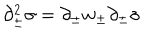
\partial _ { \pm } ^ { 2 } \sigma = \partial _ { \pm } w _ { \pm } \partial _ { \pm } \sigma